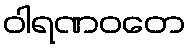
ဝါရဏဝတေ